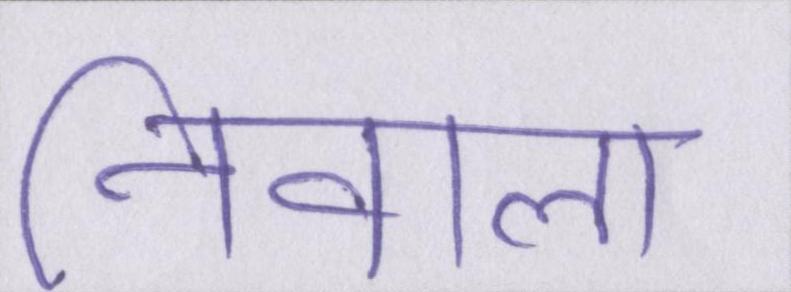
निवाला